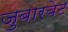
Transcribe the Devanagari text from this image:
जुबारबेट